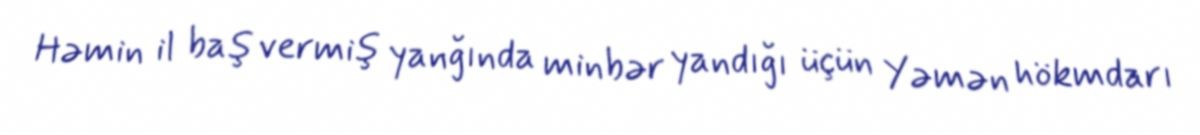
Həmin il baş vermiş yanğında minbər yandığı üçün Yəmən hökmdarı